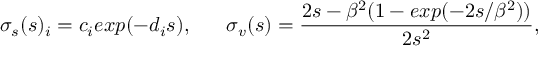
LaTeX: \sigma _ { s } ( s ) _ { i } = c _ { i } e x p ( - d _ { i } s ) , \mathrm { ~ \ \ \ \ } \sigma _ { v } ( s ) = \frac { 2 s - \beta ^ { 2 } ( 1 - e x p ( - 2 s / \beta ^ { 2 } ) ) } { 2 s ^ { 2 } } ,